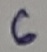
Text: 6